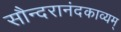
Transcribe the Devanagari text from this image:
सौन्दरानंदकाव्यम्